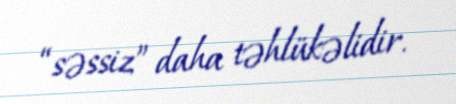
“səssiz” daha təhlükəlidir.